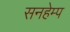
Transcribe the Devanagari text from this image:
सनहेम्प